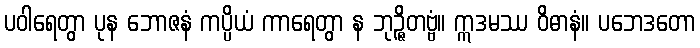
ပဝါရေတွာ ပုန ဘောဇနံ ကပ္ပိယံ ကာရေတွာ န ဘုဉ္ဇိတဗ္ဗံ။ ဣဒမဿ ဝိဓာနံ။ ပဘေဒတော